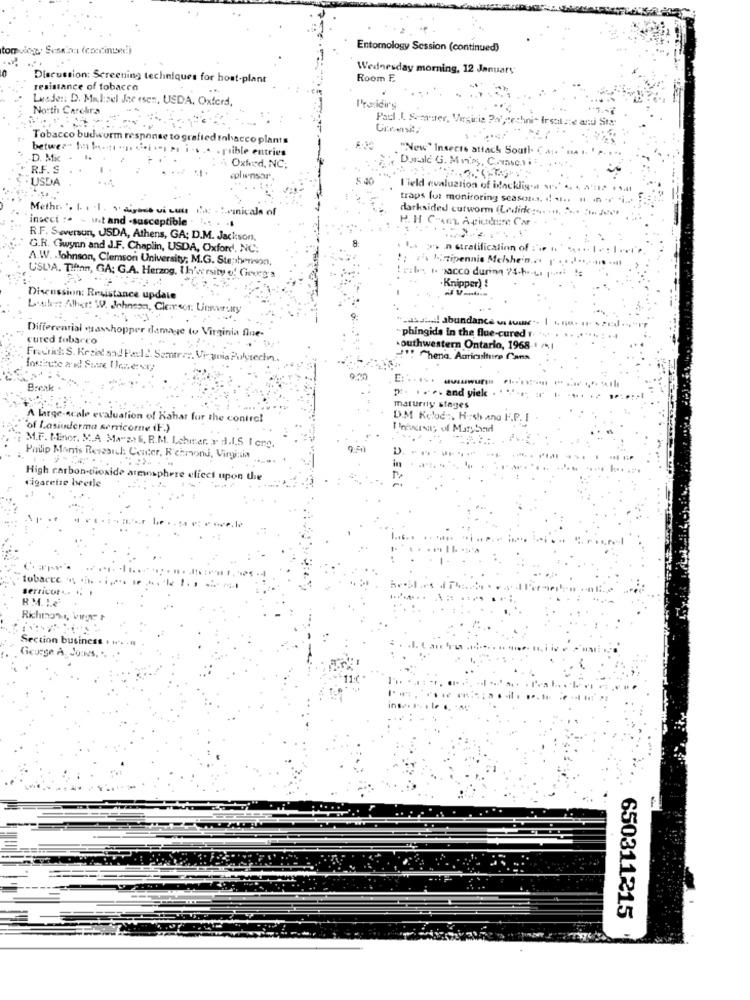
tom viog Sesena (coccinee)
Entomology Session (continued)
Wednesday morning, 12 January
Discussion: Screening techniques for host-plant
Room E
resistance of tobacco
Lasde :: D. Malisel Jar esen, USDA, Oxford,
North Carchira
Presidiry
Paul L. Secauer, Vers
- Irsal :e antu Sta-
Tobacco budworm response to grafted tobacco plants
betwee- hay ter
sible entries
"New"
South CA
D. Mic
"Dwale G
R.F. S
Oxford, NC;
USDA
eplinsar
5 40
l'ield evalu
traps for monitor
Methr. ". 1. . .. " Avici
icals
darksided cutwo
insect :. - wet and -susceptible.
R.F. Swenson, USDA, Athens, GA; D.M. Jackson,
G.R. Gwynn and J.F. Chaplin, USDA, Oxford, NC:
- n stratification of
A.W. . Johnson, Clemson University; M.G. Stephenson,
2\ Mirtipennis Melshe'n ..
il to pacco during 74-h.
USLYA. Tiften, GA: G.A. Herzog, Ih' rsity of Choueg'a
Knipper) !
Discussion: Resistance update
Luike: Albert W. Johnson, Clen
-asshe! abundance vi tual"
Differential masshopper damage to Virginia flue-
cured tobarco
phingids in the flue-cured 1.
southwestern Ontario, 1968-1
Frechht: S. Krziel and Paul 2. Samtrer. Vi- guia Polytech ..
!! Chena. Agriculture fans
Break
. and
maturity stages
A large-scale evaluation of Kabar for the control
D.M Kelet, Hash ana F.P. I
of Lasiuderma serricome IF.)
; of Maryhad
M.F. Minor, MA Ma"z. B. R.M. Lehier, 3 d.I.S I cro.
Poiip Manis Revesil: Center, Richmond, Virginia
?マミ
High carbon dioxide atmosphere effect upon the
cigaretse beerle
tobarce
serricor ... ..
Richmond, vinne
Section business
George A, JO:NS. ".
650311215